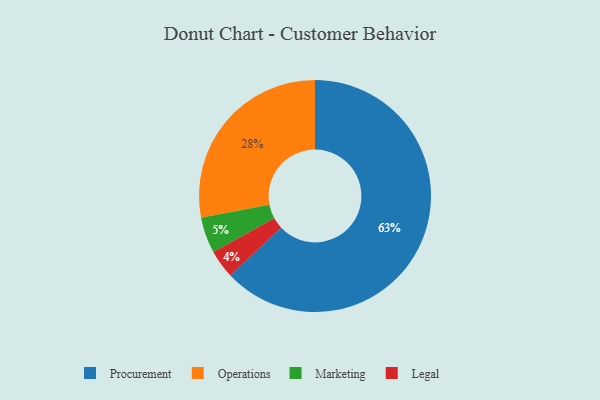
{"axis": {"x": "Category", "y": "Percentage"}, "legend": ["Legal", "Marketing", "Operations", "Procurement"], "data": [{"x": "Marketing", "y": 5, "type": "Marketing"}, {"x": "Procurement", "y": 63, "type": "Procurement"}, {"x": "Legal", "y": 4, "type": "Legal"}, {"x": "Operations", "y": 28, "type": "Operations"}]}